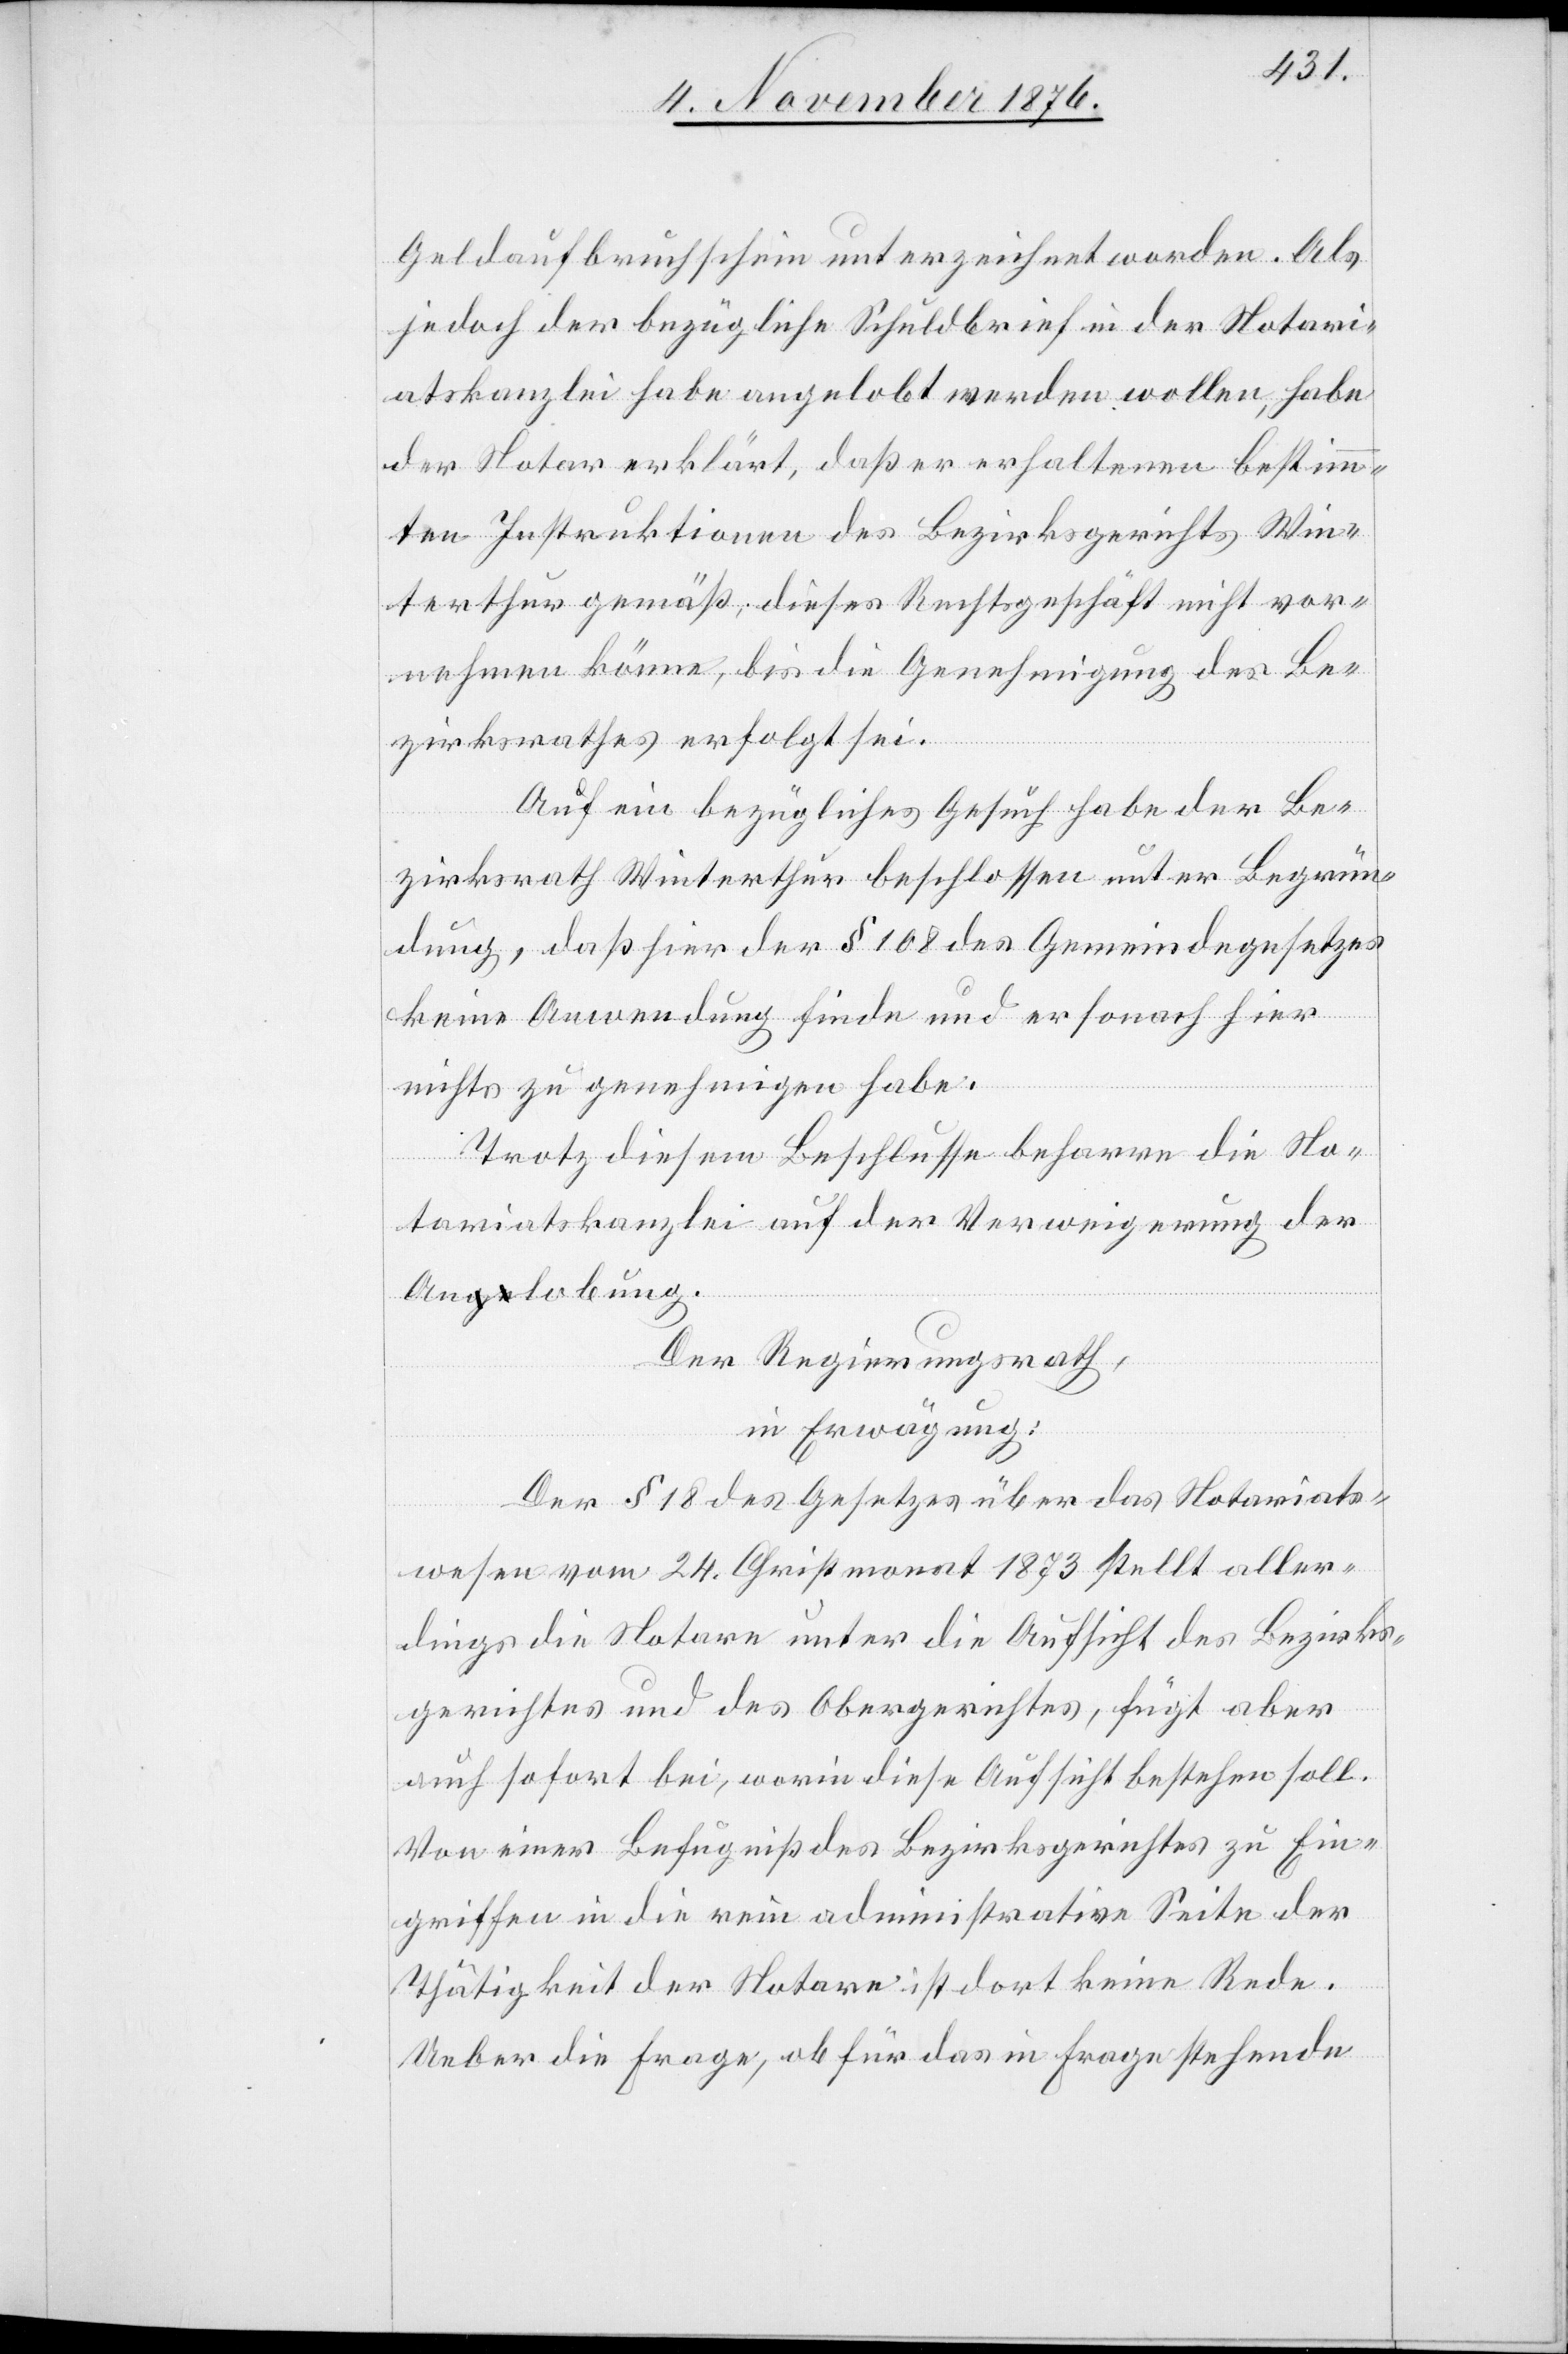
Geldaufbruchschein unterzeichnet worden. Als
jedoch der bezügliche Schuldbrief in der Notari¬
atskanzlei habe angelobt werden wollen, habe
der Notar erklärt, daß er erhaltenen bestimm¬
ten Instruktionen des Bezirksgerichts Win¬
terthur gemäß, dieses Rechtsgeschäft nicht vor¬
nehmen könne, bis die Genehmigung des Be¬
zirksrathes erfolgt sei.
Auf ein bezügliches Gesuch habe der Be¬
zirksrath Winterthur beschlossen unter Begrün¬
dung, daß hier der § 108 des Gemeindegesetzes
keine Anwendung finde und er wonach hier
nichts zu genehmigen habe.
Trotz diesem Beschlusse beharre die No¬
tariatskanzlei auf der Verweigerung der
Angelobung.
Der Regierungsrath,
in Erwägung:
Der § 18 des Gesetzes über das Notariats¬
wesen vom 24. Christmonat 1873 stellt aller¬
dings die Notare unter die Aufsicht des Bezirks¬
gerichtes und des Obergerichtes, fügt aber
auch sofort bei, worin diese Aufsicht bestehen soll.
Von einer Befugniß des Bezirksgerichtes zu Ein¬
griffen in die rein administrative Seite der
Thätigkeit der Notare ist dort keine Rede.
Ueber die Frage, ob für das in Frage stehende